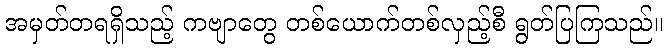
အမှတ်တရရှိသည့် ကဗျာတွေ တစ်ယောက်တစ်လှည့်စီ ရွတ်ပြကြသည်။